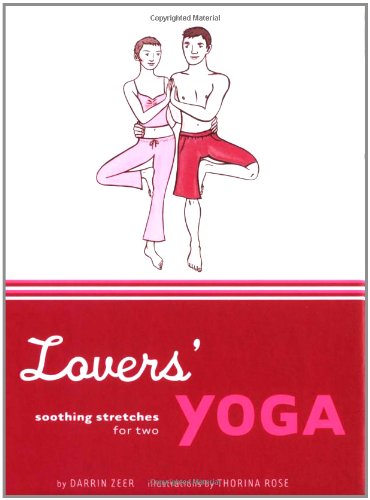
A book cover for Lovers' Yoga: Soothing Stretches for Two; Darrin Zeer; Health, Fitness & Dieting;